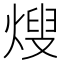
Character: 𭵕